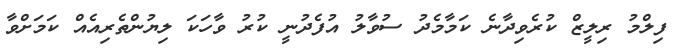
ފިލްމުު ރިލީޒް ކުރެވިދާނެ ކަމާމެދު ސުވާލު އުފެދުނީ ކުރު ވާހަކަ ލިޔުންތެރިއެއް ކަމަށްވާ